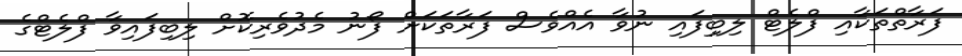
ފަރާތްތަކާއި ފްލެޓް ލިބިިފައި ނުވާ އެއްވެސް ފަރާތަކަށް ފޯނު މެދުވެރިކޮށް ލިބިފައިވާ ފްލެޓްގެ